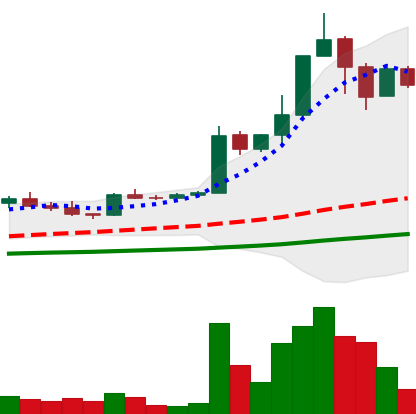
Ticker: TRX-USD
Chart end date: 2021-04-09
Forward return: 21.357%
Label: up_7plus